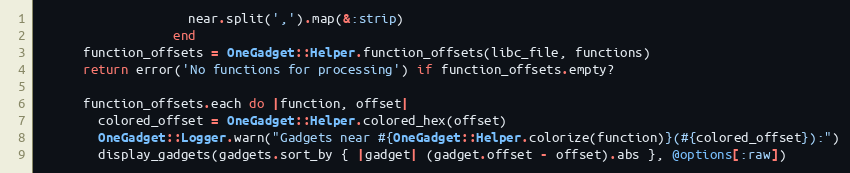
Language: Ruby
                    near.split(',').map(&:strip)
                  end
      function_offsets = OneGadget::Helper.function_offsets(libc_file, functions)
      return error('No functions for processing') if function_offsets.empty?

      function_offsets.each do |function, offset|
        colored_offset = OneGadget::Helper.colored_hex(offset)
        OneGadget::Logger.warn("Gadgets near #{OneGadget::Helper.colorize(function)}(#{colored_offset}):")
        display_gadgets(gadgets.sort_by { |gadget| (gadget.offset - offset).abs }, @options[:raw])